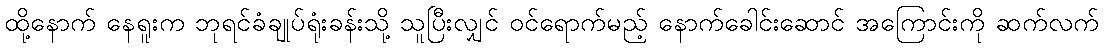
ထို့နောက် နေရူးက ဘုရင်ခံချုပ်ရုံးခန်းသို့ သူပြီးလျှင် ဝင်ရောက်မည့် နောက်ခေါင်းဆောင် အကြောင်းကို ဆက်လက်